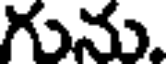
గును.